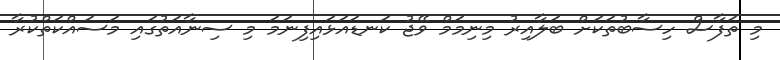
މި ތަފާސް ހިސާބުތަކަށް ބަލާއިރު މިނިމަމް ވޭޖު ކަނޑައަޅައިފިނަމަ މި ސިނާއަތުގައި މަސައްކަތްކުރާ